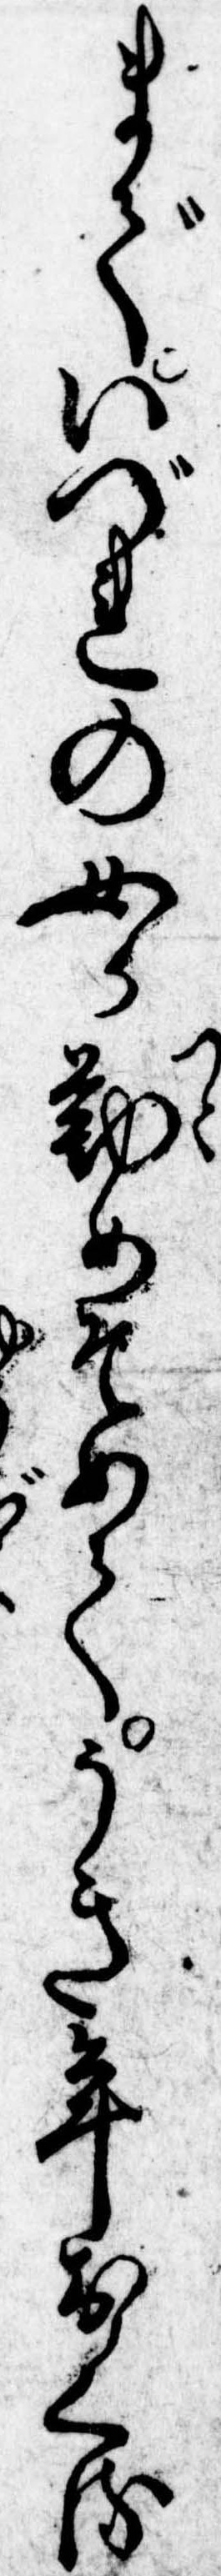
までいづれの女か勤めそめてうき年おくる